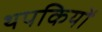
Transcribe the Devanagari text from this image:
थपकियों